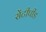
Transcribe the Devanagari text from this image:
सेंटीपीड